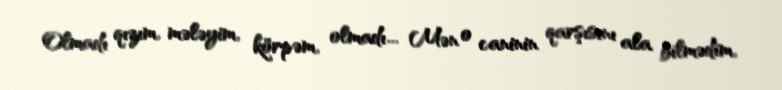
Olmadı qızım, mələyim, körpəm, olmadı... Mən o caninin qarşısını ala bilmədim,